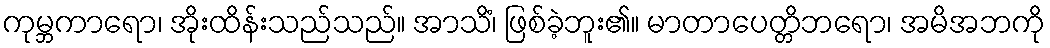
ကုမ္ဘကာရော၊ အိုးထိန်းသည်သည်။ အာသိံ၊ ဖြစ်ခဲ့ဘူး၏။ မာတာပေတ္တိဘရော၊ အမိအဘကို